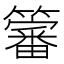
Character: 𮆳